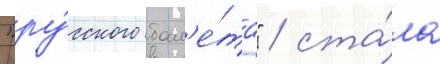
"ру́сского бал'е́та" / ста́ла